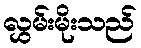
လွှမ်းမိုးသည်